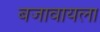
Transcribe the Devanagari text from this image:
बजावायला